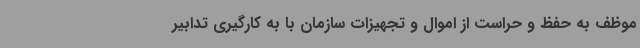
موظف به حفظ و حراست از اموال و تجهیزات سازمان با به کارگیری تدابیر